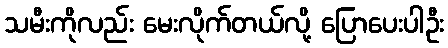
သမီးကိုလည်း မေးလိုက်တယ်လို့ ပြောပေးပါဦး